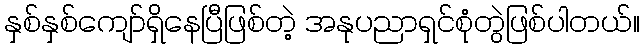
နှစ်နှစ်ကျော်ရှိနေပြီဖြစ်တဲ့ အနုပညာရှင်စုံတွဲဖြစ်ပါတယ်။